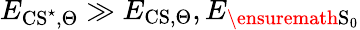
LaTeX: E_{\mathrm{CS}^{\star},\Theta}\gg E_{\mathrm{CS},\Theta},E_{\ensuremath{\mathrm{S}}_{0}}